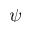
\psi